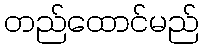
တည်ထောင်မည်